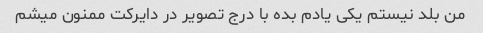
من بلد نیستم یکی یادم بده با درج تصویر در دایرکت ممنون میشم